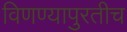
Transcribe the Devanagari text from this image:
विणण्यापुरतीच